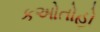
કઓતોહો